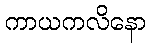
ကာယကလိနော